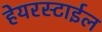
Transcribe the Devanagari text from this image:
हेयरस्टाईल